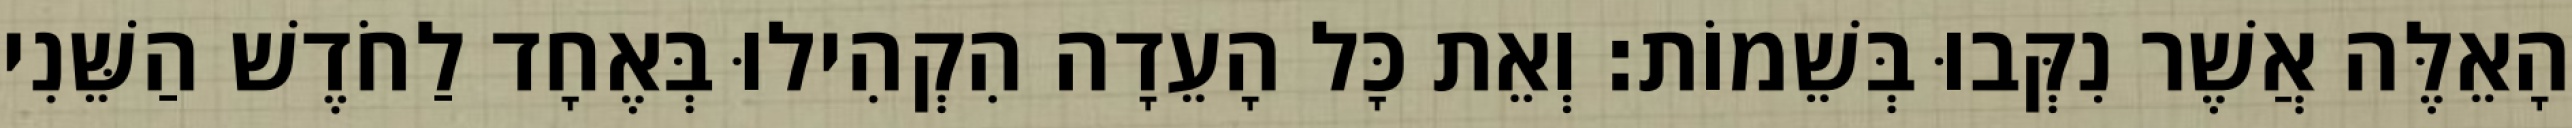
הָאֵלֶּה אֲשֶׁר נִקְּבוּ בְּשֵׁמוֹת׃ וְאֵת כָּל הָעֵדָה הִקְהִילוּ בְּאֶחָד לַחֹדֶשׁ הַשֵּׁנִי